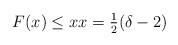
LaTeX: \begin{align*}F(x)\leq xx=\tfrac{1}{2}(\delta-2)\end{align*}